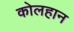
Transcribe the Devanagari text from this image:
कोलहान